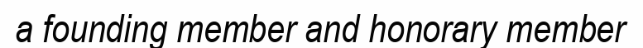
a founding member and honorary member